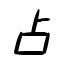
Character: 占